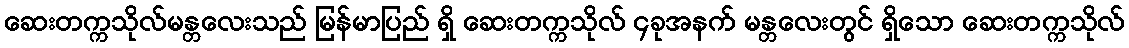
ဆေးတက္ကသိုလ်မန္တလေးသည် မြန်မာပြည် ရှိ ဆေးတက္ကသိုလ် ၄ခုအနက် မန္တလေးတွင် ရှိသော ဆေးတက္ကသိုလ်